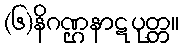
(၆)နိဂဏ္ဌနာဋပုတ္တ။